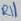
Text: R11